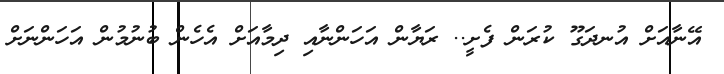
އޭނާއަށް އުނދަގޫ ކުރަން ފެށީ.. ރަޔާން އަހަންނާއި ދިމާއަށް އެހެން ބުނުމުން އަހަންނަށް